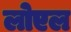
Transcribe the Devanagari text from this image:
लोएल